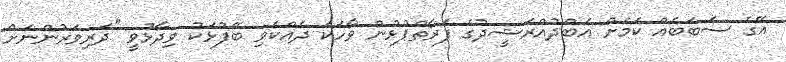
އޭގެ ސަބަބެއް ކަމަށް އަބްދުއްރަޝީދުގެ ފަރާތްޕުޅުން ވާހަކަ ދެއްކެވި ބޭފުޅަކު ވިދާޅުވީ "ދަރިވަރުންނަށް